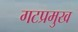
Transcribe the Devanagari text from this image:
गटप्रमुख